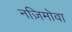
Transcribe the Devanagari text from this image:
नज़िमोवा